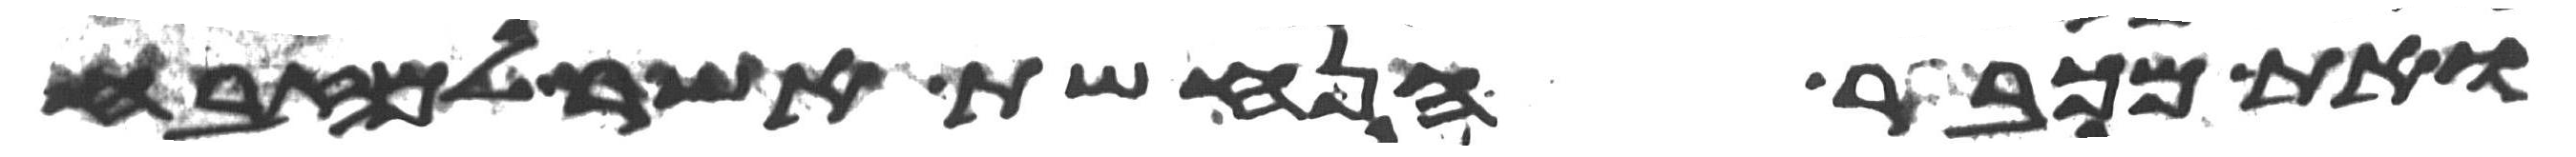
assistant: ואת מכבר הנחשת אשר למזבח